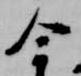
今